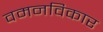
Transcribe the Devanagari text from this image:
वमनविकार